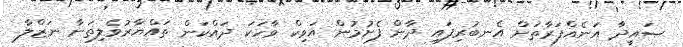
ޞައީދާ އަނެއްފަރާތަށް އެނބުރިފައި ދާން ފެށުމުން އަވިކް ވާހަކަ ދައްކަން ތައްޔާރުވެލިތަނާ ނަޒްލާ